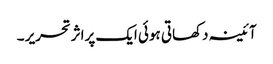
آئینہ دکھاتی ہوئی ایک پراثرتحریر ۔